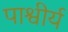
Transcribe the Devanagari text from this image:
पाश्वीर्य